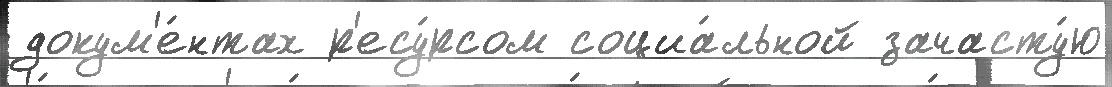
докум'е́нтах р'есу́рсом социа́льной зачасту́ю